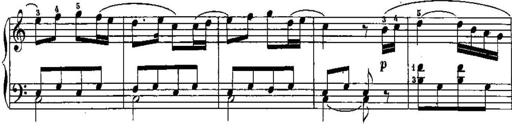
Title: Trois sonatines
Composer: Maurice Emmanuel